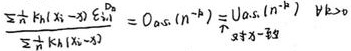
\[
\frac{\sum_{i = 1}^{n} k_{i}\left(x_{i}-x\right) \sum_{i = 1}^{n} a_{i}}{\sum_{i = 1}^{n} k_{i}\left(x_{i}-x\right)}=O_{a.s.}\left(n^{-p}\right)=O_{a.s.}\left(n^{-p}\right) \quad \forall k>0
\]